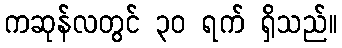
ကဆုန်လတွင် ၃၀ ရက် ရှိသည်။